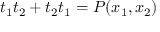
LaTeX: t _ { 1 } t _ { 2 } + t _ { 2 } t _ { 1 } = P ( x _ { 1 } , x _ { 2 } )